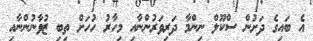
އެ ބައިގެ ދަށުން ސްކޫލް ނިންމާ ދަރިވަރުންނާއި މިހާރު ހުހަށް ތިބި ޒުވާނުންނާއި